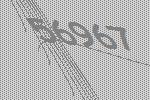
56967